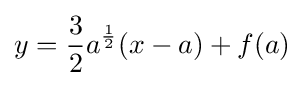
y={3 \over 2}a^{\frac {1}{2}}(x-a)+f(a)